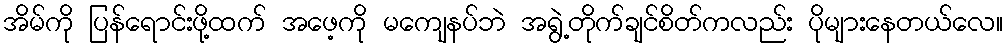
အိမ်ကို ပြန်ရောင်းဖို့ထက် အဖေ့ကို မကျေနပ်ဘဲ အရွဲ့တိုက်ချင်စိတ်ကလည်း ပိုများနေတယ်လေ။